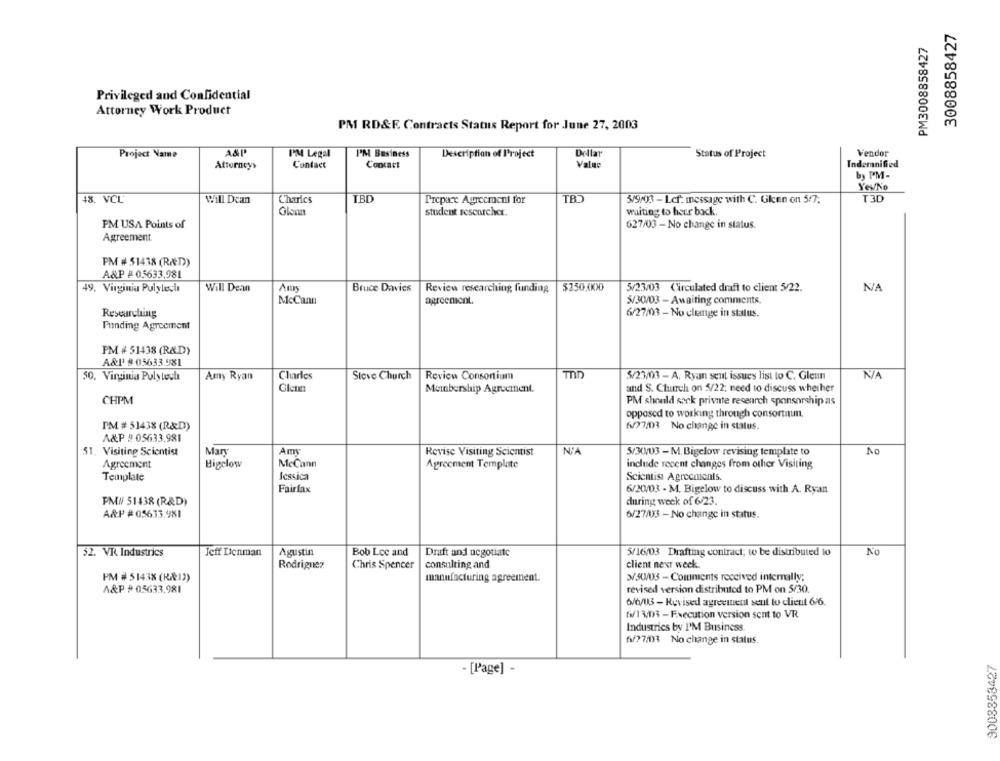
3008858427
PM3008858427
Privileged and Confidential
Attorney Work Product
PM RD&F. Contracts Status Report for June 27, 2003
A&P'
PM Legal
Dellar
Vendor
Project Name
PM Business
Description of Project
Status of Project
Attorneys
Contact
Concart
Value
Indemnified
by PM-
YevNo
48. VCL
Charles
TBD
TBD
5/9/03 - Lcf: message with C. Gken on 5/7;
T3D
Will Dcan
Prepare Agreement for
student researcher.
waiting to hour bock.
PM USA Points of
627/03 - No change in status.
Agreement
PM # 51438 (RÆD))
A&P # 05633,981
49. Virginia Pulyleclı
Will Dean
Bruce Davies
Review researching funding
$250.000
5/23/03 Circulated draft to client 5/22.
McCann
agreement.
5/30/03 - Awaiting comments.
6/27/03 - No clemge in status.
Researching
Funding Agreement
PM # 51438 (R&D)
A&l' # 05633.981
50. Virginia Pulytoula
Amy Ryan
Charles
Steve Church
Review Consortium
5/23/03 - A. Ryan sent issues list to C. Gleun
Membership Agreement.
and S. Church on 5/22; need to discuss whether
CHPM
PM should sank private research sponsorship as
opposed to working through consortiumn.
PM # 51438 (R&D)
6/77/03 No change in status.
A&P # 05633,981
Amy
N'A
No
51. Visiting Scientist
Mary
Revise Visiting Scientist
5/30/03 - M. Bigelow revising template to
Agreement
Bigclow
McCann
Agreement Template
include recent changes from other Visiting
Template
Jessica
Scientist Agreements.
Fairfax
6/20/03 - M. Bigelow to discuss with A. Ryan
PMN 51438 (R&D)
during week of 6/23.
A&P #05633.981
6/27/03 - No change in status.
52. VR Industrics
Jeff Denman
Agustin
Bob Loc and
Draft and negotiate
5/16/03 Drafting contract; to be distributed to
No
Chris Spencer
consulting and
client next week.
Rodriguez
PM # 51438 (KRI))
manufacturing agreement.
3/5W/03 - Comments received internally;
A&P # 05633,981
revised version distributed to PM on 5/30.
6/6/13 - Revised agreement seut to client 6/6.
fi/13/03 - Execution version sent to VR
Industries by I'M Business
6/77/03 No change in status.
9008853427
- [Page] -